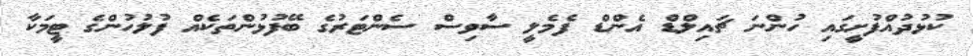
ކުޅުދުއްފުށީގައި ހުންނަ ޗައިލްޑް އެންޑް ފެމެލީ ސާވިސް ސެންޓަރުގެ ބޭފުޅުންތަކެއް ފުލުހުންގެ ޓީމަކާ